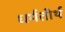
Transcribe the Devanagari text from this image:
धर्मतीर्थ